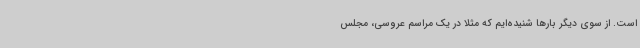
است. از سوی دیگر بارها شنیده‌ایم که مثلاً در یک مراسم عروسی، مجلس